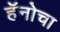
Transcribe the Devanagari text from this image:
हॅनोचा